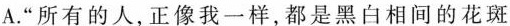
A.“所有的人,正像我一样,都是黑白相间的花斑